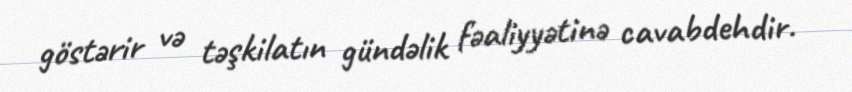
göstərir və təşkilatın gündəlik fəaliyyətinə cavabdehdir.